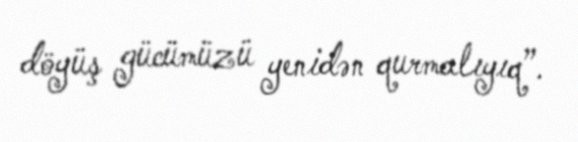
döyüş gücümüzü yenidən qurmalıyıq”.